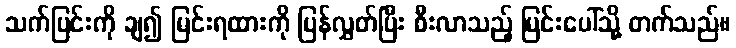
သက်ပြင်းကို ချ၍ မြင်းရထားကို ပြန်လွှတ်ပြီး စီးလာသည့် မြင်းပေါ်သို့ တက်သည်။